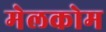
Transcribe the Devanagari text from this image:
मेलकोम